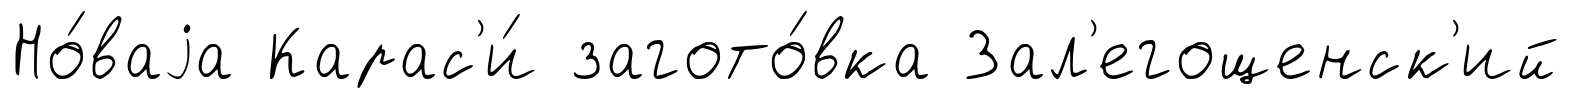
Но́ваjа Карас'и́ загото́вка Зал'егощенск'ий